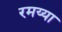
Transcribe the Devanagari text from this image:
रमय्या